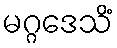
မဂ္ဂဒေသိံ